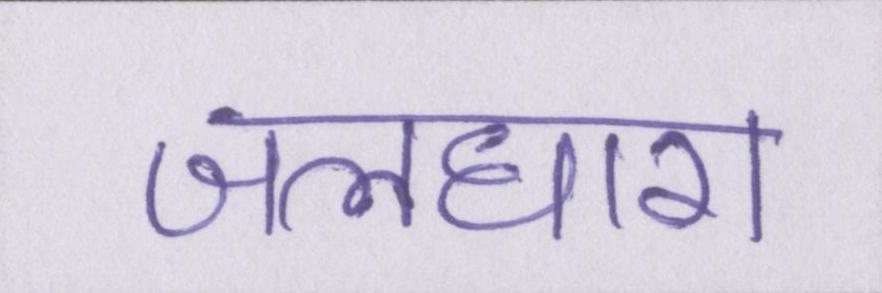
जलधारा